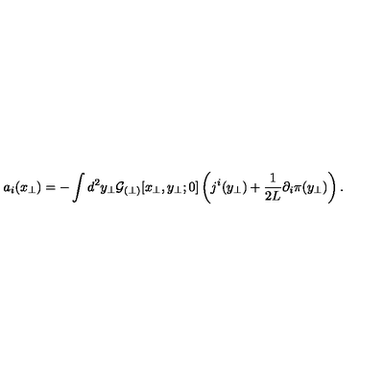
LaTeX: a _ { i } ( x _ { \perp } ) = - \int d ^ { 2 } y _ { \perp } { \cal G } _ { ( \perp ) } [ x _ { \perp } , y _ { \perp } ; 0 ] \left( j ^ { i } ( y _ { \perp } ) + \frac { 1 } { 2 L } \partial _ { i } \pi ( y _ { \perp } ) \right) .